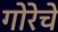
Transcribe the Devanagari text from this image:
गोरेचे